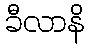
ခီလာနိ